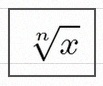
\sqrt[n]{x}